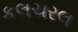
કલચરલ